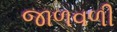
જાળવળી